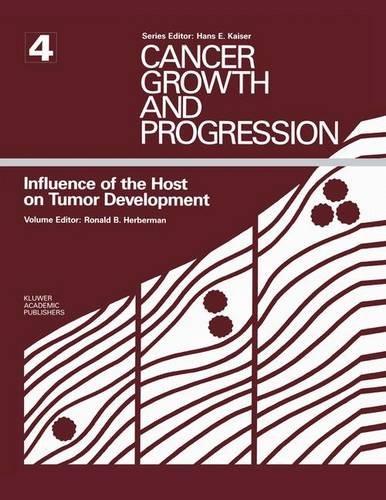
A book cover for Influence of the Host on Tumor Development (Cancer Growth and Progression); Medical Books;